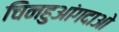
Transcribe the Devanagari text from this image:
चिनहुआंगदाओ